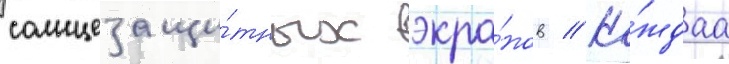
солнцезащи́тных экра́нов // Ка́ждаа